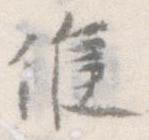
候